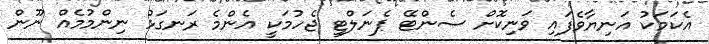
އެކަމަކު އަނިޔާވެފައި ވަނިކޮށް ސެންޓޭ ޕެނަލްޓީ ޖެހުމަކީ އެންމެ ރަނގަޅު ނިންމުމެއް ނޫން